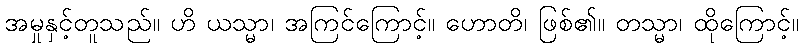
အမှုနှင့်တူသည်။ ဟိ ယသ္မာ၊ အကြင်ကြောင့်။ ဟောတိ၊ ဖြစ်၏။ တသ္မာ၊ ထိုကြောင့်။